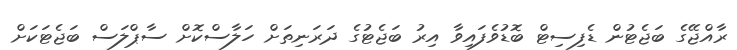
ރާއްޖޭގެ ބަޖެޓުން ޑެފިސިޓް ބޮޑުވެފައިވާ އިރު ބަޖެޓުގެ ދަރަނިތަށް ހަލާސްކޮށް ސާޕްލަސް ބަޖެޓަކަށް